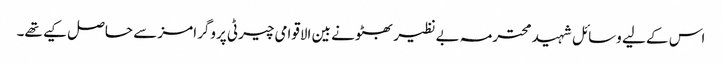
اس کے لیے وسائل شہید محترمہ بے نظیر بھٹو نے بین الاقوامی چیرٹی پروگرامز سے حاصل کیے تھے۔